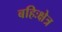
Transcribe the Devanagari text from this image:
बहिःक्षेत्र